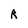
Character: R